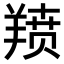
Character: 𫅗